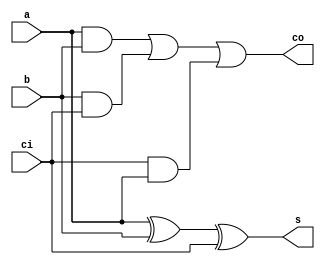
module fa_1(a,b,ci,s,co);
input a,b,ci;
output s,co;
assign s = (a^b)^ci;
assign co = (a&b)|(b&ci)|(ci&a);
endmodule